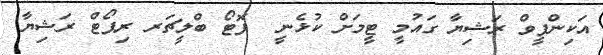
އަކިންފީވް ރަޝިޔާ ގައުމީ ޓީމަށް ކުޅެނީ  ފޮޓޯ ބްލީޗަރ ރިޕޯޓް ރަޝިޔާާ